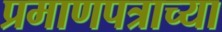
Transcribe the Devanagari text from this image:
प्रमाणपत्राच्या